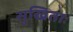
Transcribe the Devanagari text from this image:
सुखिताः